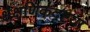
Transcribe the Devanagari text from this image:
क्षैक्षणिकदृष्टया